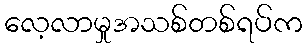
လေ့လာမှုအသစ်တစ်ရပ်က